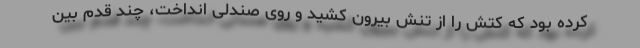
کرده بود که کتش را از تنش بیرون کشید و روی صندلی انداخت، چند قدم بین